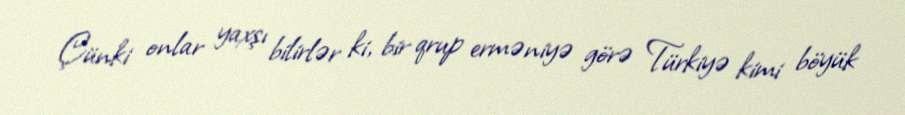
Çünki onlar yaxşı bilirlər ki, bir qrup erməniyə görə Türkiyə kimi böyük